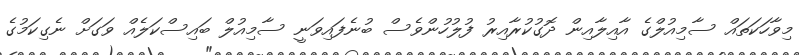
މިވާހަކަތައް ސާމިއުލްގެ އާއިލާއިން ދޮގުކުރާއިރު ފުލުހުންވެސް ބުނެފައިވަނީ ސާމިއުލް ބައިސްކަލެއް ވަގަށް ނެގިކަމުގެ